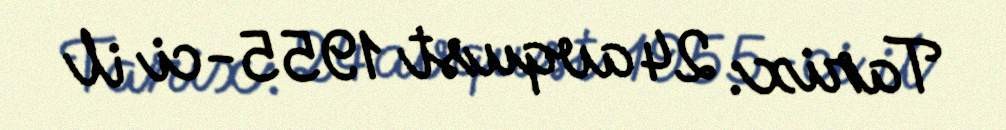
Tarix: 24 avqust 1955-ci il